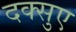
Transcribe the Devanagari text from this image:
दक्सुए